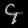
Digit: ၄